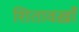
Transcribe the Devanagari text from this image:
शितावख़ाँ